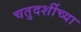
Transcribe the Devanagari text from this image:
चतुदर्शीच्या